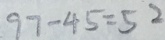
9 7 - 4 5 = 5 2